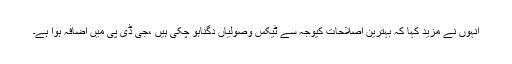
انہوں نے مزید کہا کہ بہترین اصلاحات کیوجہ سے ٹیکس وصولیاں دگناہو چکی ہیں ،جی ڈی پی میں اضافہ ہوا ہے۔